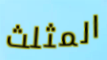
المثلث